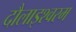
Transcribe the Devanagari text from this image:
दौलाइश्वरम